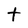
Character: t